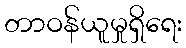
တာဝန်ယူမှုရှိရေး